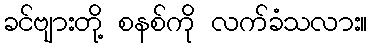
ခင်ဗျားတို့ စနစ်ကို လက်ခံသလား။